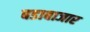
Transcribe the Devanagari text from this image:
बडाबाजार